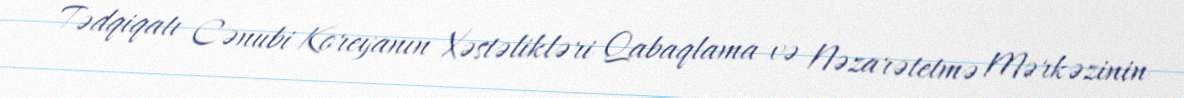
Tədqiqatı Cənubi Koreyanın Xəstəlikləri Qabaqlama və Nəzarətetmə Mərkəzinin